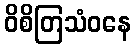
ဝိစိတြသံဝနေ